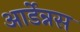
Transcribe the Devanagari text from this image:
आर्डेन्नस